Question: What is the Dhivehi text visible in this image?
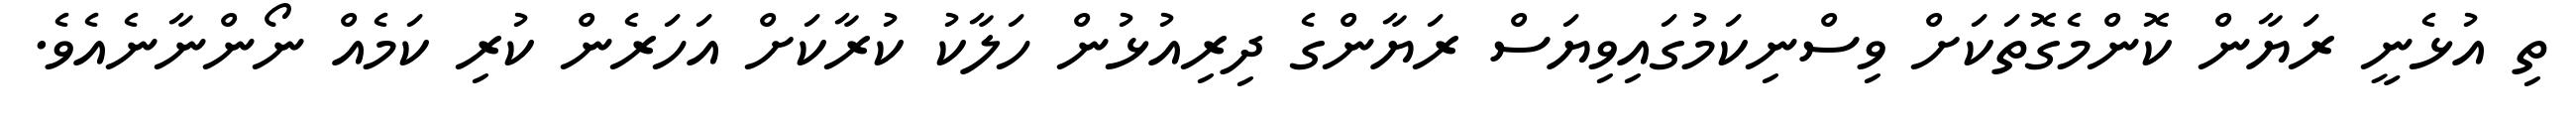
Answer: ތި އުޅެނީ ރަޔާން ކޮންމެގޮތަކަށް ވިސްނިކަމުގައިވިޔަސް ރަޔާންގެ ދިރިއުޅުން ހަލާކު ކުރާކަށް އަހަރެން ކުރި ކަމެއް ނޯންނާނެއެވެ.